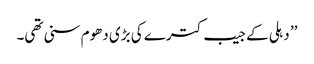
’’ دہلی کے جیب کترے کی بڑی دھوم سنی تھی۔